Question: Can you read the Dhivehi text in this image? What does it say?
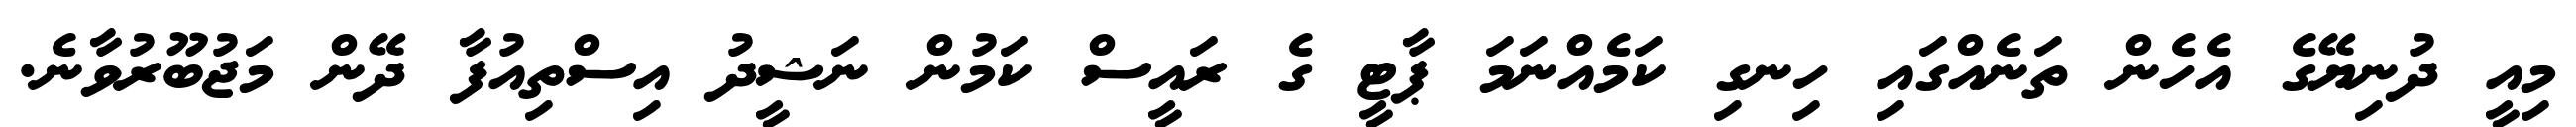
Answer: މިއީ ދުނިޔޭގެ އެހެން ތަނެއްގައި ހިނގި ކަމެއްނަމަ ޕާޓީ ގެ ރައީސް ކަމުން ނަޝީދު އިސްތިއުފާ ދޭން މަޖުބޫރުވާނެ.